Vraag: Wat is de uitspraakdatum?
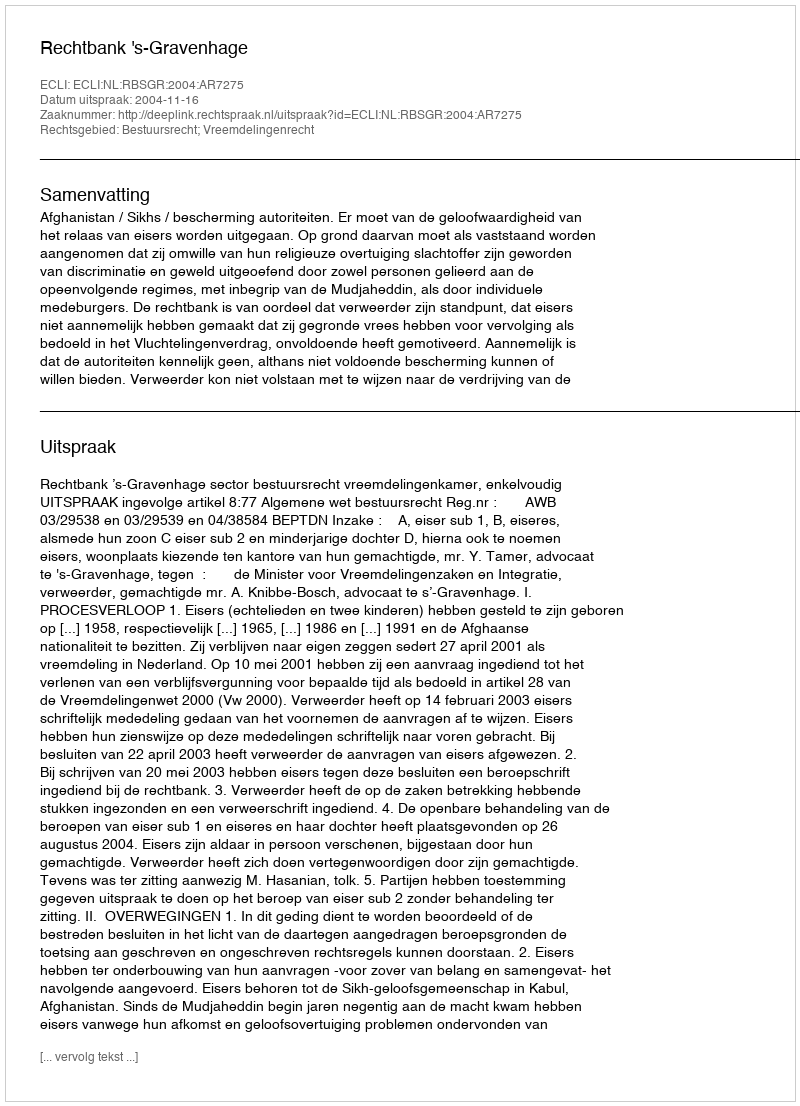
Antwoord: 2004-11-16